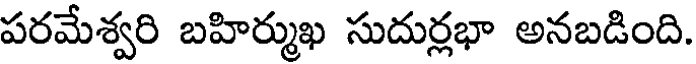
పరమేశ్వరి బహిర్ముఖ సుదుర్లభా అనబడింది.